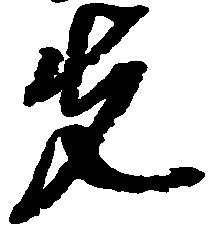
先